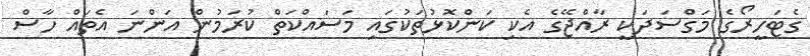
ގެޓަހީރޯގެ މަގްސަދަކީ ރާއްޖޭގެ އެކި ކަންކޮޅުތަކުގައި މަސައްކަތް ކުރަމުން އަންނަ އެތައް ހާސް